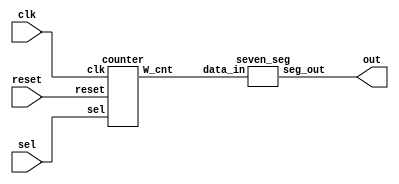
module exp7 ( sel, reset, clk, out );
    input sel,clk,reset;
    output [6:0] out;
    wire [3:0] cnt;
    counter q1( .sel(sel),.reset(reset),.clk(clk),.W_cnt(cnt));
    seven_seg q2( .data_in(cnt), .seg_out(out) );
    
    
endmodule

module counter( sel,reset,clk,W_cnt);
    input sel,reset,clk;
    reg [3:0] out;
    output wire [3:0] W_cnt;
    assign W_cnt = out;
    reg [31:0] cnt;
    always @(  posedge clk)
    begin
    
    if(!reset) 
	 begin 
		cnt <= 32'd0; 
	 end
    else
	 begin
    cnt <= cnt + 32'd1;    
		if(cnt == 50000000)
			if(sel)
			begin 
			out <= out + 32'd1;
			cnt <= 32'd0;
			end
			else
			begin 
			out <= out - 32'd1;
			cnt <= 32'd0;
			end
		end
    end
endmodule


module seven_seg( data_in, seg_out );
 
 input wire [3:0] data_in;
 output reg[6:0] seg_out;
 
always@( data_in )
 case( data_in )
 4'h0 : seg_out = 7'b100_0000;
 4'h1 : seg_out = 7'b111_1001;
 4'h2 : seg_out = 7'b010_0100;
 4'h3 : seg_out = 7'b011_0000;
 4'h4 : seg_out = 7'b001_1001;
 4'h5 : seg_out = 7'b001_0010;
 4'h6 : seg_out = 7'b000_0010;
 4'h7 : seg_out = 7'b111_1000;
 4'h8 : seg_out = 7'b000_0000;
 4'h9 : seg_out = 7'b001_0000;
 4'ha : seg_out = 7'b000_1000;
 4'hb : seg_out = 7'b000_0011;
 4'hc : seg_out = 7'b100_0110;
 4'hd : seg_out = 7'b010_0001;
 4'he : seg_out = 7'b000_0110;
 default : seg_out =7'b000_1110;
 endcase
 
endmodule